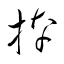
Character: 捺